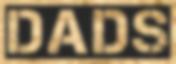
DADS